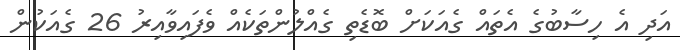
އަދި އެ ހިސާބުގެ އެތައް ގެއަކަށް ބޮޑެތި ގެއްލުންތަކެއް ވެފައިވާއިރު 26 ގެއަކުން